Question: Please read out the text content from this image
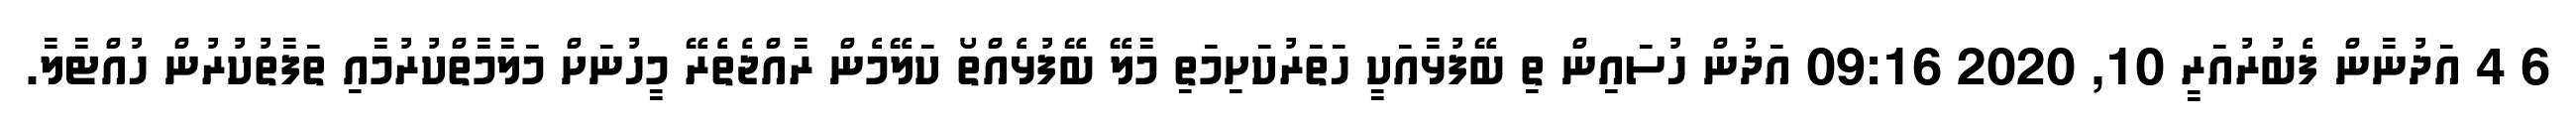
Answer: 6 4 އަދުނާން ފެބުރުއަރީ 10, 2020 09:16 އަދުން ހުސައިން ތި ބޭފުޅާއަކީ ހަތަރުކަށިމަތި މާލޭ ބޭފުޅެއްތޯ ކަލޭމެން ރާއްޖެތެރޭ މީހުނަށް މަލާމާތްކުރުމާއި ތަފާތުކުރުން ހުއްޓާލާ.